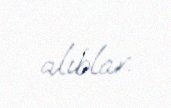
alıblar.